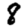
Digit: 8